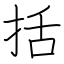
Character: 括